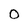
Character: O